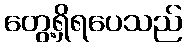
တွေ့ရှိရပေသည်